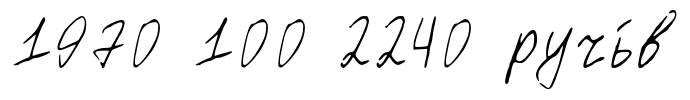
1970 100 2240 ручь́в